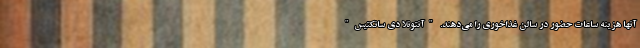
آنها هزینه ساعات حضور در سالن غذاخوری را می‌دهند. "آنتونلا دی سانکتیس"